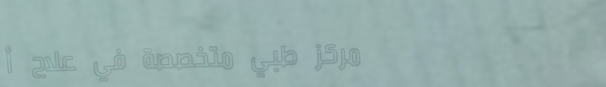
مركز طبي متخصصة في علاج أ